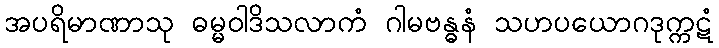
အပရိမာဏာသု ဓမ္မဝါဒိသလာကံ ဂါမဗန္ဓနံ သဟပယောဂဒုက္ကဋံ